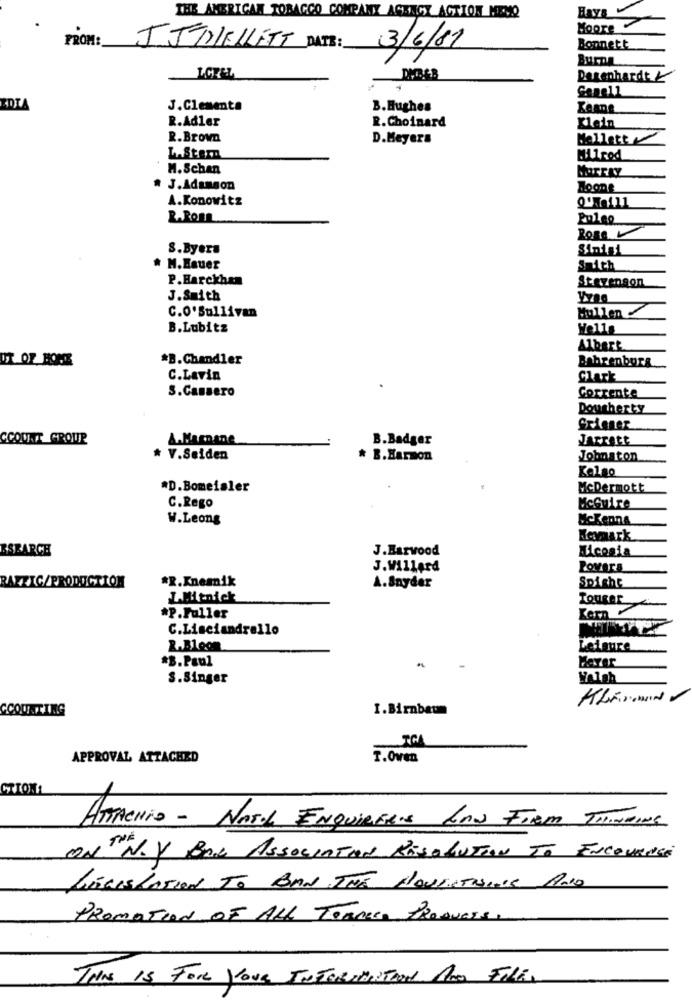
THE AMERICAN TOBACCO COMPANY AGENCY ACTION MEMO
FROM:
JJMELLETT DATE: 3/6/81
Bonnett
BurDA
LOREL
Degenhardt
EDIA
J.Clementa
B.Hughes
Keane
R.Adler
Klein
R.Choinard
R.Brown
D.Meyers
Mellett
LAStern
M. Schan
MarcAY
* J.Adamson
Boone
A.Konowitz
R.RomL
Puleo
Rosa
S.Byera
Sinisi
* M.Hauer
Smith
P.Harckhan
Stevenson
J.Smith
Mullen
C.O'Sullivan
B.Lubitz
Albert
UT OF HOME
*B.Chandler
Bahrenburg
C.Lavin
Clark
S.Cassero
Corrente
Dougherty
Scieger
CCOUNT _GROUP
&.Mamnane
B.Badger
Jarrett
* V.Seiden
* B.Harmon
Johnston
Kelso
*D.Bomeisler
McDermott
McGuire
C.Rego
W.Leong
Kovaark
RSEARCH
J.Harwood
Nicosia
J.Willard
Povars
RAZZIC/PRODUCTION
*R.Knemnik
Spighe
A.Snyder
L.Mitnick
ToUger
*P.Fuller
C.Lisciandrello
R.Bloom
Leisure
*B.Paul
S.Singer
CCOUNTING
I.Birnbaum
APPROVAL ATTACHED
T.Oven
CTIONS
ATTACHio - NASIL ENQUIRERIS LAW FIRM THINKING
ON N.Y BAR ASSOCIATION RESOLUTION TO ENCOURAGE
LEGISLATION TO BAN THE HOUSETHIS AND
PROMOTION OF ALL TERMICO PROQUESE,
THIS IS FOR YOUR INFORMATION AND FILES